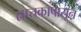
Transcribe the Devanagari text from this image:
सप्तकापासून